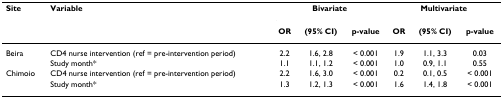
| Site | Variable | <COLSPAN=3> Bivariate | <COLSPAN=3> Multivariate |
 |  |  | OR | (95% CI) | p-value | OR | (95% CI) | p-value |
 | --- | --- | --- | --- | --- | --- | --- | --- |
 | Beira | CD4 nurse intervention (ref = pre-intervention period) | 2.2 | 1.6, 2.8 | < 0.001 | 1.9 | 1.1, 3.3 | 0.03 |
 |  | Study month* | 1.1 | 1.1, 1.2 | < 0.001 | 1.0 | 0.9, 1.1 | 0.55 |
 | Chimoio | CD4 nurse intervention (ref = pre-intervention period) | 2.2 | 1.6, 3.0 | < 0.001 | 0.2 | 0.1, 0.5 | < 0.001 |
 |  | Study month* | 1.3 | 1.2, 1.3 | < 0.001 | 1.6 | 1.4, 1.8 | < 0.001 |